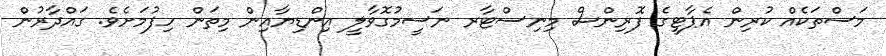
މަސްތަކެއް ކުރިން އެޕާޓީގެ ފޮރިންސް މިނިސްޓާރ ނަސީމުގޮވާލީ އިންޑިޔާއިން މިތަން ހިފުމަށެވެ. ގައްދާރުން